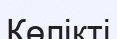
Көлікті